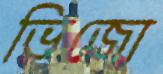
ভিজো